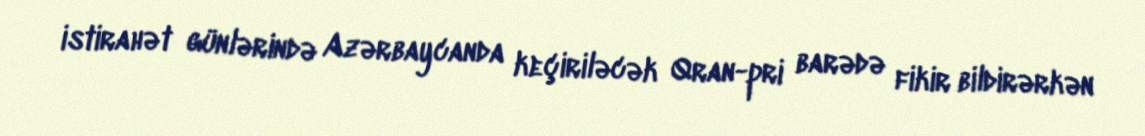
istirahət günlərində Azərbaycanda keçiriləcək Qran-pri barədə fikir bildirərkən